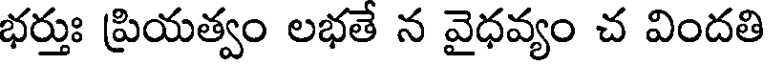
భర్తుః ప్రియత్వం లభతే న వైధవ్యం చ విందతి